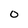
Character: 0